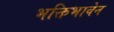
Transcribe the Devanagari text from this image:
भक्तिभावेन